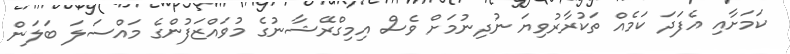
ކަމަށާއި އެފަދަ ކަމެއް ތަކުރާރުވިޔަ ނުދިނުމަށް ވެސް އިމިގްރޭޝާނުގެ މުވައްޒަފުންގެ މައްސަލަ ބަލަން